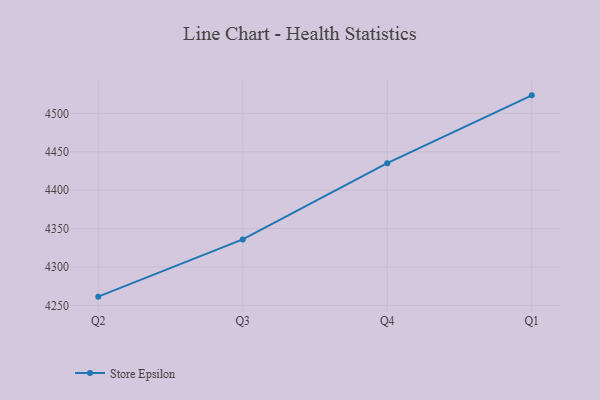
{"axis": {"x": "Quarter", "y": "Page Views"}, "legend": ["Store Epsilon"], "data": [{"x": "Q2", "y": 4261.3, "type": "Store Epsilon"}, {"x": "Q3", "y": 4335.8, "type": "Store Epsilon"}, {"x": "Q4", "y": 4435.2, "type": "Store Epsilon"}, {"x": "Q1", "y": 4523.5, "type": "Store Epsilon"}]}